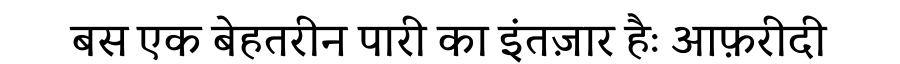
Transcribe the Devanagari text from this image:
बस एक बेहतरीन पारी का इंतज़ार हैः आफ़रीदी